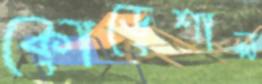
কোডেশাল